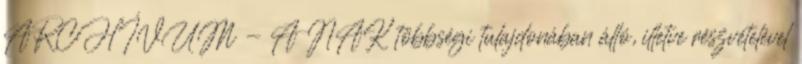
ARCHÍVUM - A NAK többségi tulajdonában álló, illetve részvételével